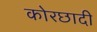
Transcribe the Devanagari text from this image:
कोरछादी